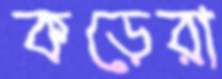
কড়েরা